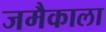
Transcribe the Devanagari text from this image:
जमैकाला